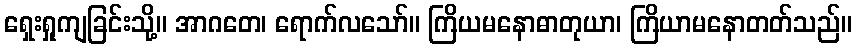
ရှေးရှုကျခြင်းသို့။ အာဂတေ၊ ရောက်လသော်။ ကြိယမနောဓာတုယာ၊ ကြိယာမနောတတ်သည်။